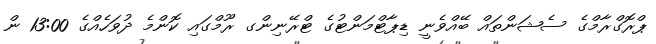
ޕްރޮގްރާމްގެ ސެޝަންތައް ބޭއްވެނީ ޑިޕާޓްމަންޓުގެ ޓްރޭނިންގ ރޫމްގައި ކޮންމެ ދުވަހެއްގެ 13:00 ން